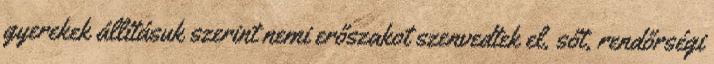
gyerekek állításuk szerint nemi erőszakot szenvedtek el, sőt, rendőrségi